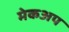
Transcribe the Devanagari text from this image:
मेकअप